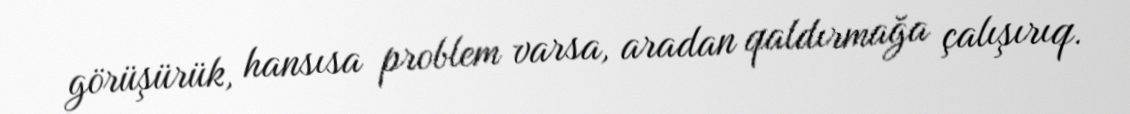
görüşürük, hansısa problem varsa, aradan qaldırmağa çalışırıq.